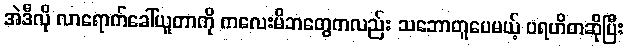
အဲဒီလို လာရောက်ခေါ်ယူတာကို ကလေးမိဘတွေကလည်း သဘောတူပေမယ့် ပရဟိတဆိုပြီး